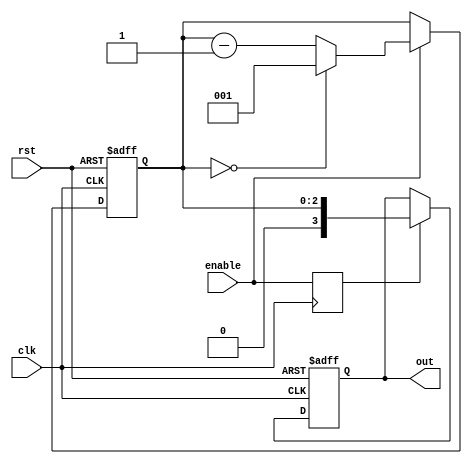
module BCD_Down_Counter(
    input wire clk, // Clock signal
    input wire rst, // Reset signal
    input wire enable, // Enable signal
    output reg [3:0] out // BCD output
);

// Timing control block - generates clock signals for counter operation
reg [2:0] count;
always @(posedge clk or posedge rst) begin
    if (rst) begin
        count <= 4'b1000;
    end else begin
        if (enable) begin
            if (count == 4'b0000) begin
                count <= 4'b1001;
            end else begin
                count <= count - 1;
            end
        end
    end
end

// Synchronization block - synchronizes enable signal with clock signal
reg enable_sync;
always @(posedge clk) begin
    enable_sync <= enable;
end

// Output logic
always @(posedge clk or posedge rst) begin
    if (rst) begin
        out <= 4'b0000;
    end else begin
        if (enable_sync) begin
            out <= count;
        end
    end
end

endmodule